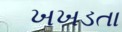
ખખડતા